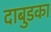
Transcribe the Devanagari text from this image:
दाबुडका